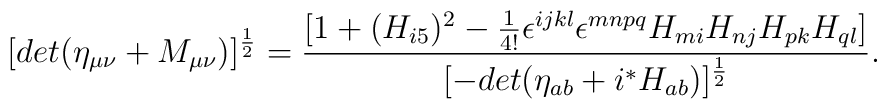
[det(\eta_{\mu\nu}+M_{\mu\nu})]^{\frac{1}{2}}=\frac{[1+(H_{i5})^2-\frac{1}{4!}\epsilon^{ijkl}\epsilon^{mnpq}H_{mi}H_{nj}H_{pk}H_{ql}]}{[-det(\eta_{ab}+i{}^*H_{ab})]^{\frac{1}{2}}}.